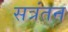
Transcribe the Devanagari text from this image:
सत्रंतन